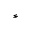
^ { \ast }